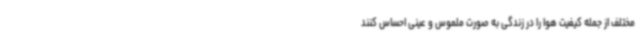
مختلف از جمله کیفیت هوا را در زندگی به‌ صورت ملموس و عینی احساس کنند